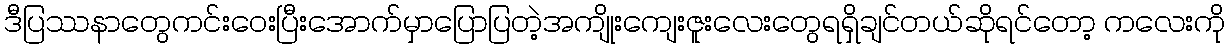
ဒီပြဿနာတွေကင်းဝေးပြီးအောက်မှာပြောပြတဲ့အကျိုးကျေးဇူးလေးတွေရရှိချင်တယ်ဆိုရင်တော့ ကလေးကို